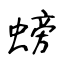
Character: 螃